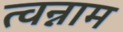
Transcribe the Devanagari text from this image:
त्वन्नाम